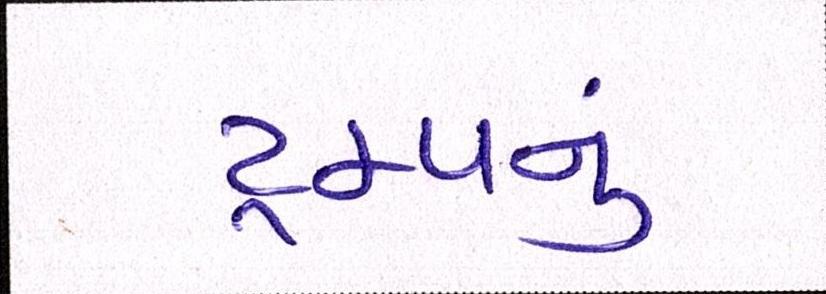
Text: ટ્રમ્પનું